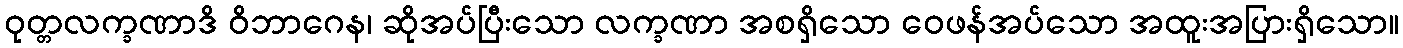
ဝုတ္တလက္ခဏာဒိ ဝိဘာဂေန၊ ဆိုအပ်ပြီးသော လက္ခဏာ အစရှိသော ဝေဖန်အပ်သော အထူးအပြားရှိသော။